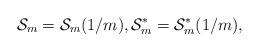
LaTeX: \begin{align*} \mathcal{S}_m=\mathcal{S}_m(1/m), \mathcal{S}_m^{\ast}=\mathcal{S}_m^{\ast}(1/m), \end{align*}